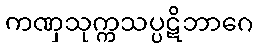
ကဏှသုက္ကသပ္ပဋိဘာဂေ